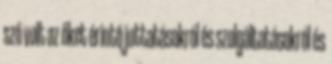
szó volt az őket érintő juttatásokról és szolgáltatásokról és